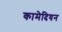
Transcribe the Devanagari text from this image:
कामेदियन